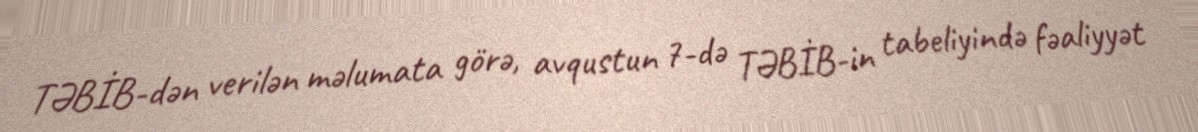
TƏBİB-dən verilən məlumata görə, avqustun 7-də TƏBİB-in tabeliyində fəaliyyət